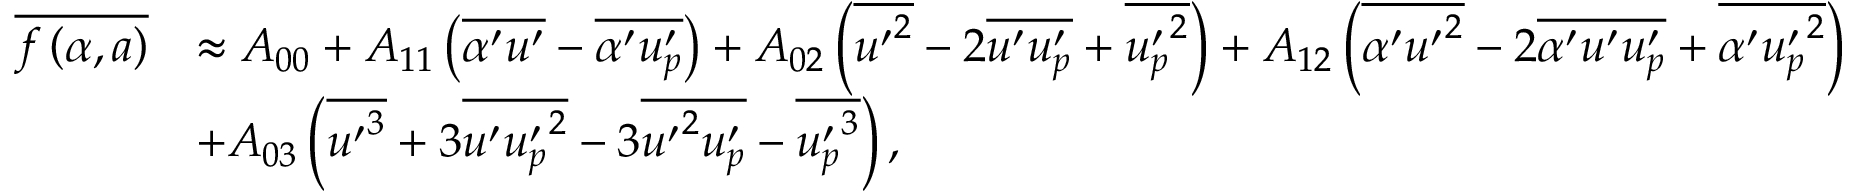
\begin{array} { r l } { \overline { { f \left( \alpha , a \right) } } } & { \approx A _ { 0 0 } + A _ { 1 1 } \left( \overline { { \alpha ^ { \prime } u ^ { \prime } } } - \overline { { \alpha ^ { \prime } u _ { p } ^ { \prime } } } \right) + A _ { 0 2 } \left( \overline { { { u ^ { \prime } } ^ { 2 } } } - 2 \overline { { u ^ { \prime } u _ { p } ^ { \prime } } } + \overline { { { u _ { p } ^ { \prime } } ^ { 2 } } } \right) + A _ { 1 2 } \left( \overline { { \alpha ^ { \prime } { u ^ { \prime } } ^ { 2 } } } - 2 \overline { { \alpha ^ { \prime } u ^ { \prime } u _ { p } ^ { \prime } } } + \overline { { \alpha ^ { \prime } { u _ { p } ^ { \prime } } ^ { 2 } } } \right) } \\ & { + A _ { 0 3 } \left( \overline { { { u ^ { \prime } } ^ { 3 } } } + 3 \overline { { u ^ { \prime } { u _ { p } ^ { \prime } } ^ { 2 } } } - 3 \overline { { { u ^ { \prime } } ^ { 2 } { u _ { p } ^ { \prime } } } } - \overline { { { u _ { p } ^ { \prime } } ^ { 3 } } } \right) , } \end{array}